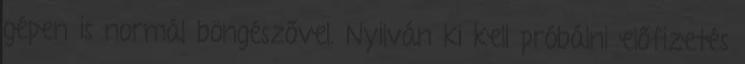
gépen is normál böngészővel. Nyilván ki kell próbálni előfizetés